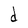
Character: d